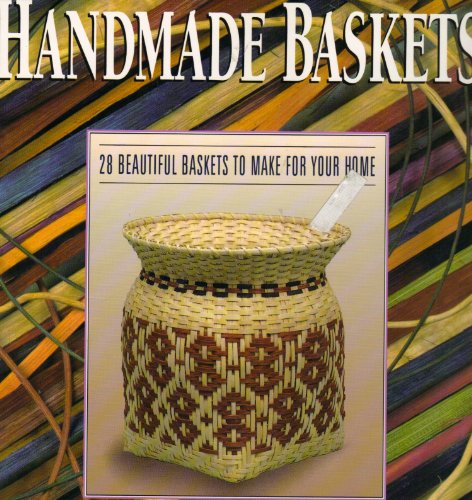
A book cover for Handmade Baskets; Lyn Siler; Crafts, Hobbies & Home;